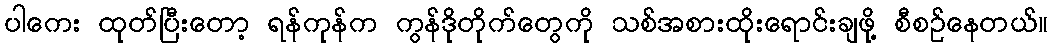
ပါကေး ထုတ်ပြီးတော့ ရန်ကုန်က ကွန်ဒိုတိုက်တွေကို သစ်အစားထိုးရောင်းချဖို့ စီစဉ်နေတယ်။